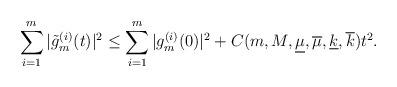
LaTeX: \begin{align*}\sum_{i=1}^{m}|\tilde{g}_m^{(i)}(t)|^2\leq \sum_{i=1}^{m}|{g}_m^{(i)}(0)|^2 +C(m, M, \underline{\mu}, \overline{\mu},\underline{k}, \overline{k}) t^2. \end{align*}